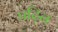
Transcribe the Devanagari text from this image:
पढ़िन